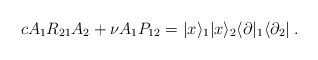
\begin{align*}cA_{1}R_{21}A_{2} + \nu A_{1}P_{12} =|x\rangle _{1}|x\rangle _{2}\langle\partial |_{1}\langle\partial _{2}| \; .\end{align*}